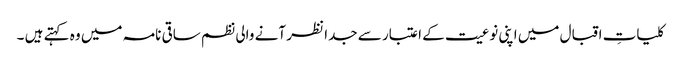
کلیاتِ اقبال میں اپنی نوعیت کے اعتبار سے جدا نظر آنے والی نظم ساقی نامہ میں وہ کہتے ہیں ۔